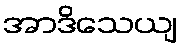
အာဒိသေယျ